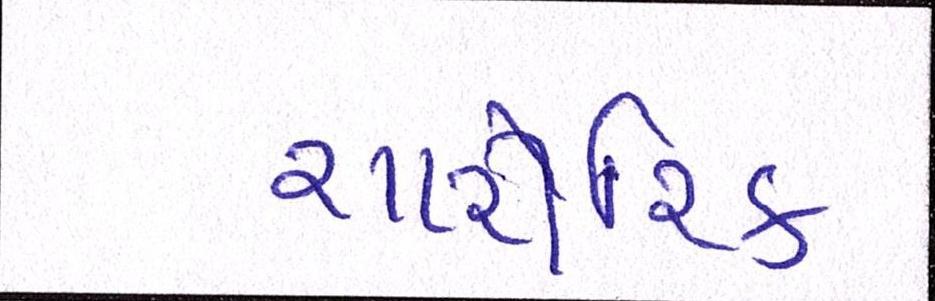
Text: શારીરિક